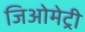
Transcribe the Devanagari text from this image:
जिअोमेट्री